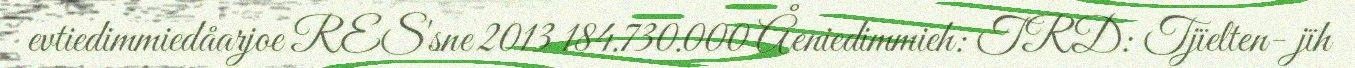
evtiedimmiedåarjoe RES'sne 2013 184.730.000 Åeniedimmieh: TRD: Tjïelten- jïh